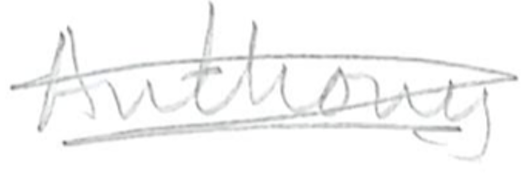
Text: Anthony
Cross-out: scratch
Writing tool: pencil